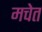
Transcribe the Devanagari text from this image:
मचेत